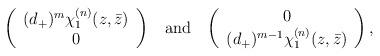
LaTeX: \begin{align*}\left (\begin{array}{c}(d_+)^m\chi_1^{(n)}(z,\bar{z})\\0\end{array} \right )\;\;\;\makebox{and}\;\;\;\left( \begin{array}{c} 0 \\(d_+)^{m-1}\chi_1^{(n)}(z,\bar{z}) \end{array} \right ),\end{align*}